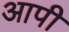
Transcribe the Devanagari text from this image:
आपी